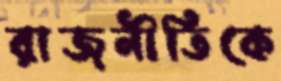
রাজনীতিকে